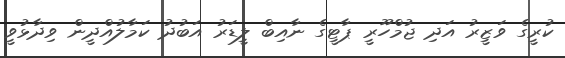
ކުރީގެ ވަޒީރު އަދި ޖުމްހޫރީ ޕާޓީގެ ނާއިބް ލީޑަރު އަބުދު ކަމާލުއްދީން ވިދާޅުވީ